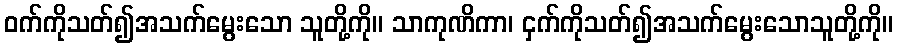
ဝက်ကိုသတ်၍အသက်မွေးသော သူတို့ကို။ သာကုဏိကာ၊ ငှက်ကိုသတ်၍အသက်မွေးသောသူတို့ကို။